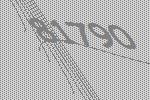
81790